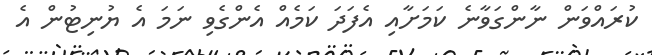
ކުރައްވަން ނާންގަވާނެ ކަމަށާއި އެފަދަ ކަމެއް އެންގެވި ނަމަ އެ ޔުނިޓުން އެ